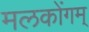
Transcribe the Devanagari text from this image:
मलकोंगम्